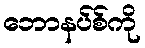
ဘောနပ်စ်ကို